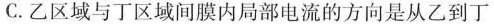
C.乙区域与丁区域间膜内局部电流的方向是从乙到了